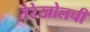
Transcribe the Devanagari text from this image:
तेरेखोलची